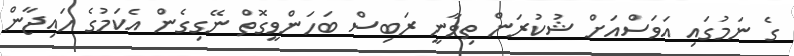
ގެ ނަމުގައި އަވަސްއަށް ޝުކުރަން ތިވާނީ ރަބިސް ބަހަންވީގޮތް ނޭގިގެން އެކަމުގެ ހައިޖާން